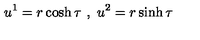
u ^ { 1 } = r \cosh \tau \ , \ u ^ { 2 } = r \sinh \tau